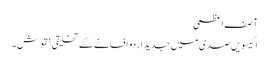
آصف اعظمی
اکیسویں صدی میں جدید اردو افسانے کے تخلیقی نقوش ۔